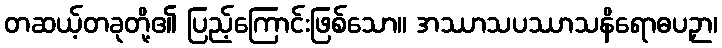
တဆယ့်တခုတို့၏ ပြည့်ကြောင်းဖြစ်သော။ အဿာသပဿာသနိရောဓပဉှာ၊